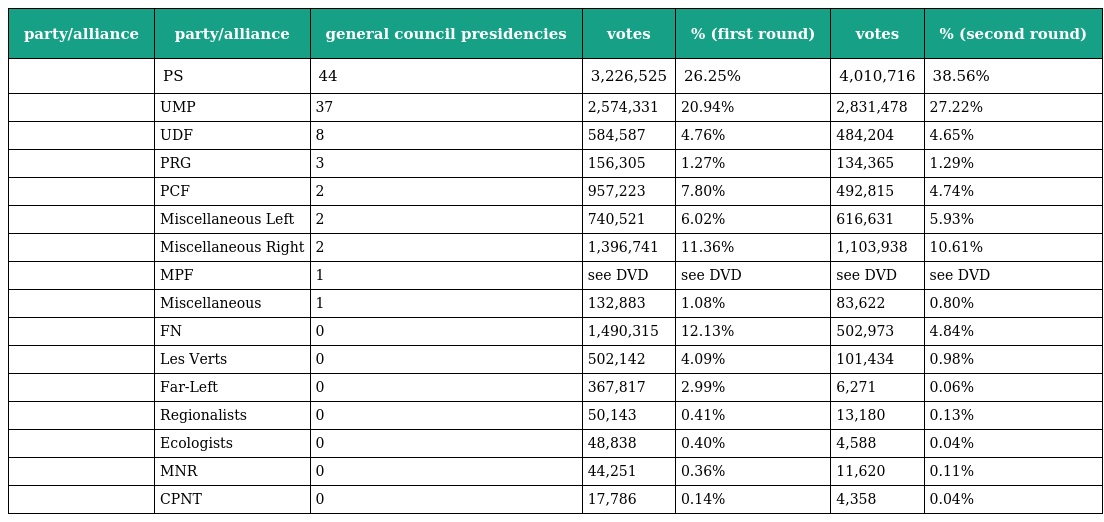
| party/alliance | party/alliance | general council presidencies | votes | % (first round) | votes | % (second round) |
 | --- | --- | --- | --- | --- | --- | --- |
 |  | PS | 44 | 3,226,525 | 26.25% | 4,010,716 | 38.56% |
 |  | UMP | 37 | 2,574,331 | 20.94% | 2,831,478 | 27.22% |
 |  | UDF | 8 | 584,587 | 4.76% | 484,204 | 4.65% |
 |  | PRG | 3 | 156,305 | 1.27% | 134,365 | 1.29% |
 |  | PCF | 2 | 957,223 | 7.80% | 492,815 | 4.74% |
 |  | Miscellaneous Left | 2 | 740,521 | 6.02% | 616,631 | 5.93% |
 |  | Miscellaneous Right | 2 | 1,396,741 | 11.36% | 1,103,938 | 10.61% |
 |  | MPF | 1 | see DVD | see DVD | see DVD | see DVD |
 |  | Miscellaneous | 1 | 132,883 | 1.08% | 83,622 | 0.80% |
 |  | FN | 0 | 1,490,315 | 12.13% | 502,973 | 4.84% |
 |  | Les Verts | 0 | 502,142 | 4.09% | 101,434 | 0.98% |
 |  | Far-Left | 0 | 367,817 | 2.99% | 6,271 | 0.06% |
 |  | Regionalists | 0 | 50,143 | 0.41% | 13,180 | 0.13% |
 |  | Ecologists | 0 | 48,838 | 0.40% | 4,588 | 0.04% |
 |  | MNR | 0 | 44,251 | 0.36% | 11,620 | 0.11% |
 |  | CPNT | 0 | 17,786 | 0.14% | 4,358 | 0.04% |